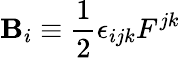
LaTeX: \mathbf{B}_{i}\equiv\frac{{1}}{{2}}\epsilon_{ijk}F^{jk}